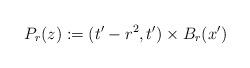
LaTeX: \begin{align*} P_r(z) := (t' - r^2, t') \times B_r(x')\end{align*}